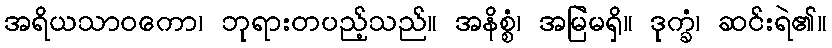
အရိယသာဝကော၊ ဘုရားတပည့်သည်။ အနိစ္စံ၊ အမြဲမရှိ။ ဒုက္ခံ၊ ဆင်းရဲ၏။